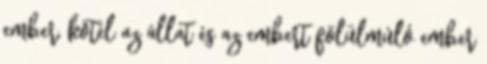
ember, kötél az állat és az embert fölülmúló ember